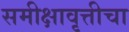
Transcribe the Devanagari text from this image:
समीक्षावृत्तीचा